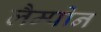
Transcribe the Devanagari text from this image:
लैम्पोन